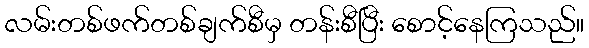
လမ်းတစ်ဖက်တစ်ချက်စီမှ တန်းစီပြီး စောင့်နေကြသည်။